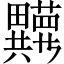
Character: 𬏘